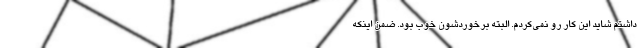
داشتم شاید این کار رو نمی‌کردم. البته برخوردشون خوب بود. ضمن اینکه